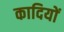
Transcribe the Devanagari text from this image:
कादियों